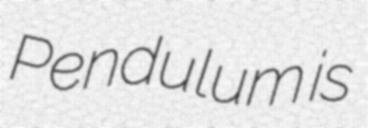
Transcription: Pendulum is